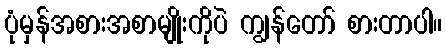
ပုံမှန်အစားအစာမျိုးကိုပဲ ကျွန်တော် စားတာပါ။